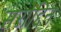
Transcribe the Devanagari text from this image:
सरोद्दिन